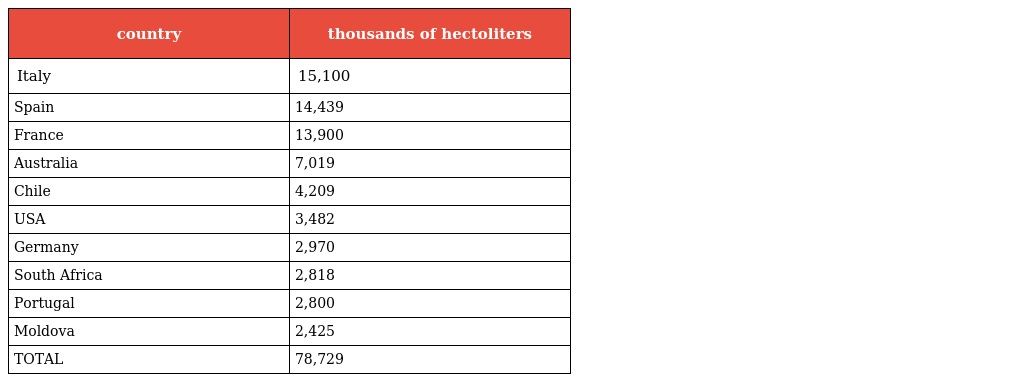
| country | thousands of hectoliters |
 | --- | --- |
 | Italy | 15,100 |
 | Spain | 14,439 |
 | France | 13,900 |
 | Australia | 7,019 |
 | Chile | 4,209 |
 | USA | 3,482 |
 | Germany | 2,970 |
 | South Africa | 2,818 |
 | Portugal | 2,800 |
 | Moldova | 2,425 |
 | TOTAL | 78,729 |